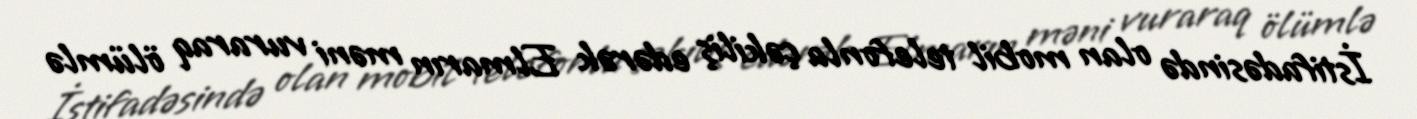
İstifadəsində olan mobil telefonla çəkiliş edərək Elmarın məni vuraraq ölümlə